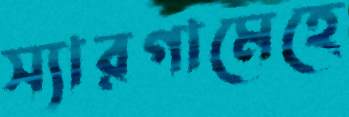
স্যারগামেহে